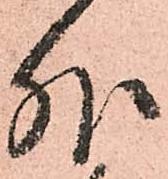
外